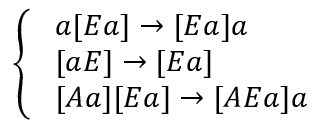
\left\{ \begin{array} { l l } { \ a [ E a ] \rightarrow [ E a ] a } \\ { \ [ a E ] \rightarrow [ E a ] } \\ { \ [ A a ] [ E a ] \rightarrow [ A E a ] a } \end{array} \right.